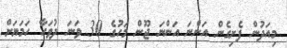
މިއަދުން ފެށިގެން އަންނަ އަންނަ ޖޫން މަހުގެ 30 ވަނަ ދުވަހާ ހަމަޔަށް